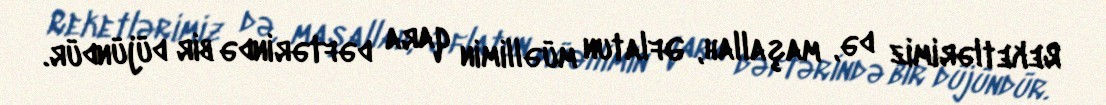
Reketlərimiz də, maşallah, Əflatun müəllimin qara dəftərində bir düjündür.